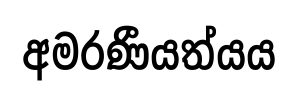
අමරණීයත්යය